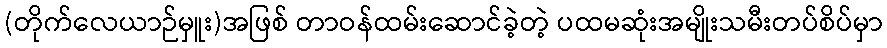
(တိုက်လေယာဉ်မှူး)အဖြစ် တာဝန်ထမ်းဆောင်ခဲ့တဲ့ ပထမဆုံးအမျိုးသမီးတပ်စိပ်မှာ